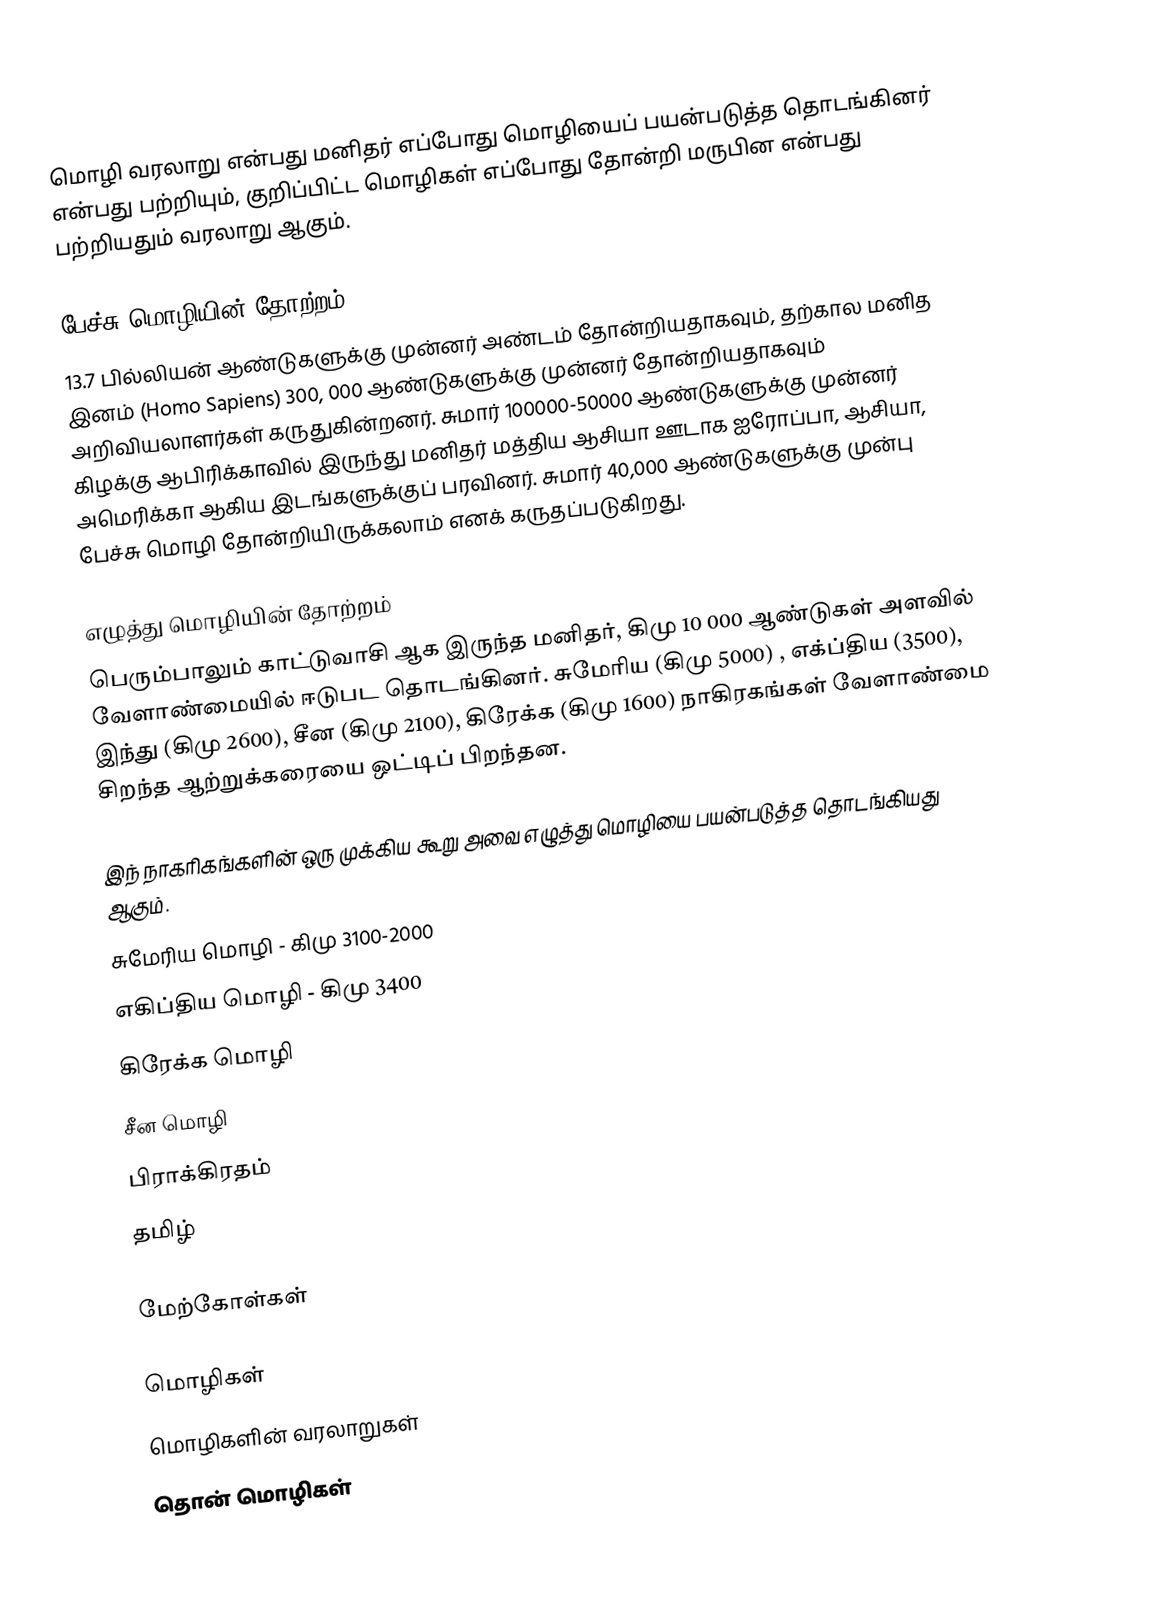
மொழி வரலாறு என்பது மனிதர் எப்போது மொழியைப் பயன்படுத்த தொடங்கினர் என்பது பற்றியும், குறிப்பிட்ட மொழிகள் எப்போது தோன்றி மருபின என்பது பற்றியதும் வரலாறு ஆகும்.

பேச்சு மொழியின் தோற்றம்
13.7 பில்லியன் ஆண்டுகளுக்கு முன்னர் அண்டம் தோன்றியதாகவும், தற்கால மனித இனம் (Homo Sapiens) 300, 000 ஆண்டுகளுக்கு முன்னர் தோன்றியதாகவும் அறிவியலாளர்கள் கருதுகின்றனர்.  சுமார் 100000-50000 ஆண்டுகளுக்கு முன்னர் கிழக்கு ஆபிரிக்காவில் இருந்து மனிதர் மத்திய ஆசியா ஊடாக ஐரோப்பா, ஆசியா, அமெரிக்கா ஆகிய இடங்களுக்குப் பரவினர்.  சுமார் 40,000 ஆண்டுகளுக்கு முன்பு பேச்சு மொழி தோன்றியிருக்கலாம் எனக் கருதப்படுகிறது.

எழுத்து மொழியின் தோற்றம்
பெரும்பாலும்       காட்டுவாசி ஆக இருந்த மனிதர், கிமு 10 000 ஆண்டுகள் அளவில் வேளாண்மையில் ஈடுபட தொடங்கினர்.  சுமேரிய (கிமு 5000) , எக்ப்திய (3500), இந்து (கிமு 2600), சீன (கிமு 2100), கிரேக்க (கிமு 1600) நாகிரகங்கள் வேளாண்மை சிறந்த ஆற்றுக்கரையை ஒட்டிப் பிறந்தன.

இந் நாகரிகங்களின் ஒரு முக்கிய கூறு அவை எழுத்து மொழியை பயன்படுத்த தொடங்கியது ஆகும்.
 சுமேரிய மொழி - கிமு 3100-2000
 எகிப்திய மொழி - கிமு 3400
 கிரேக்க மொழி
 சீன மொழி
 பிராக்கிரதம்
 தமிழ்

மேற்கோள்கள்

மொழிகள்
மொழிகளின் வரலாறுகள்
தொன் மொழிகள்